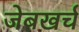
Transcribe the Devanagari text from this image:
जेबखर्च